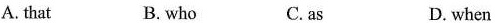
A. that B. who C. as D. when